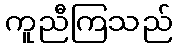
ကူညီကြသည်